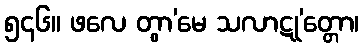
၅၄၆။ ဖလေ တွာ’မေ သလာဋု’တ္တော၊